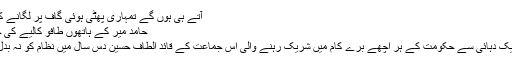
آتے ہی ہوں گے تمہاری پھٹی ہوئی گاف پر لگانے کے لئے
حامد میر کے ہاتھوں طافو کالیے کی چھترول
پچھلی ایک دہائی سے حکومت کے ہر اچھے برے کام میں شریک رہنے والی اس جماعت کے قائد الطاف حسین دس سال میں نظام کو نہ بدل سکے۔